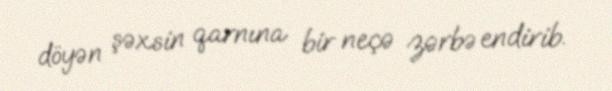
döyən şəxsin qarnına bir neçə zərbə endirib.